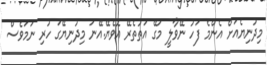
މިދުނިޔެއަށް އެންމެ ފަހު ނޭވާލީ މަގޭ އަތުތެރޭ އޮވެޔޭ.އޭނަ މިދުނިޔޭގަ ހުރި ނަމަވެސް